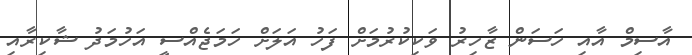
އާސިމް އާއި ހަސަން ޒާހިރު ވަކިކުރުމަށް ފަހު އަލަށް ހަމަޖެއްސީ އަހުމަދު ޝާކިރާއި